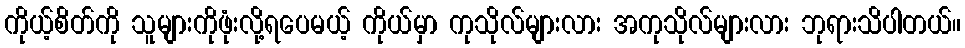
ကိုယ့်စိတ်ကို သူများကိုဖုံးလို့ရပေမယ့် ကိုယ်မှာ ကုသိုလ်များလား အကုသိုလ်များလား ဘုရားသိပါတယ်။